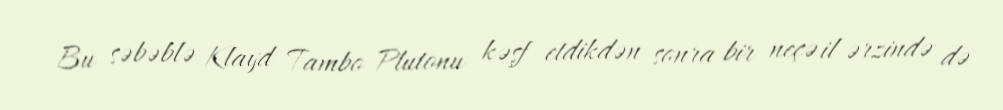
Bu səbəblə Klayd Tambo Plutonu kəşf etdikdən sonra bir neçə il ərzində də